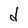
Character: d